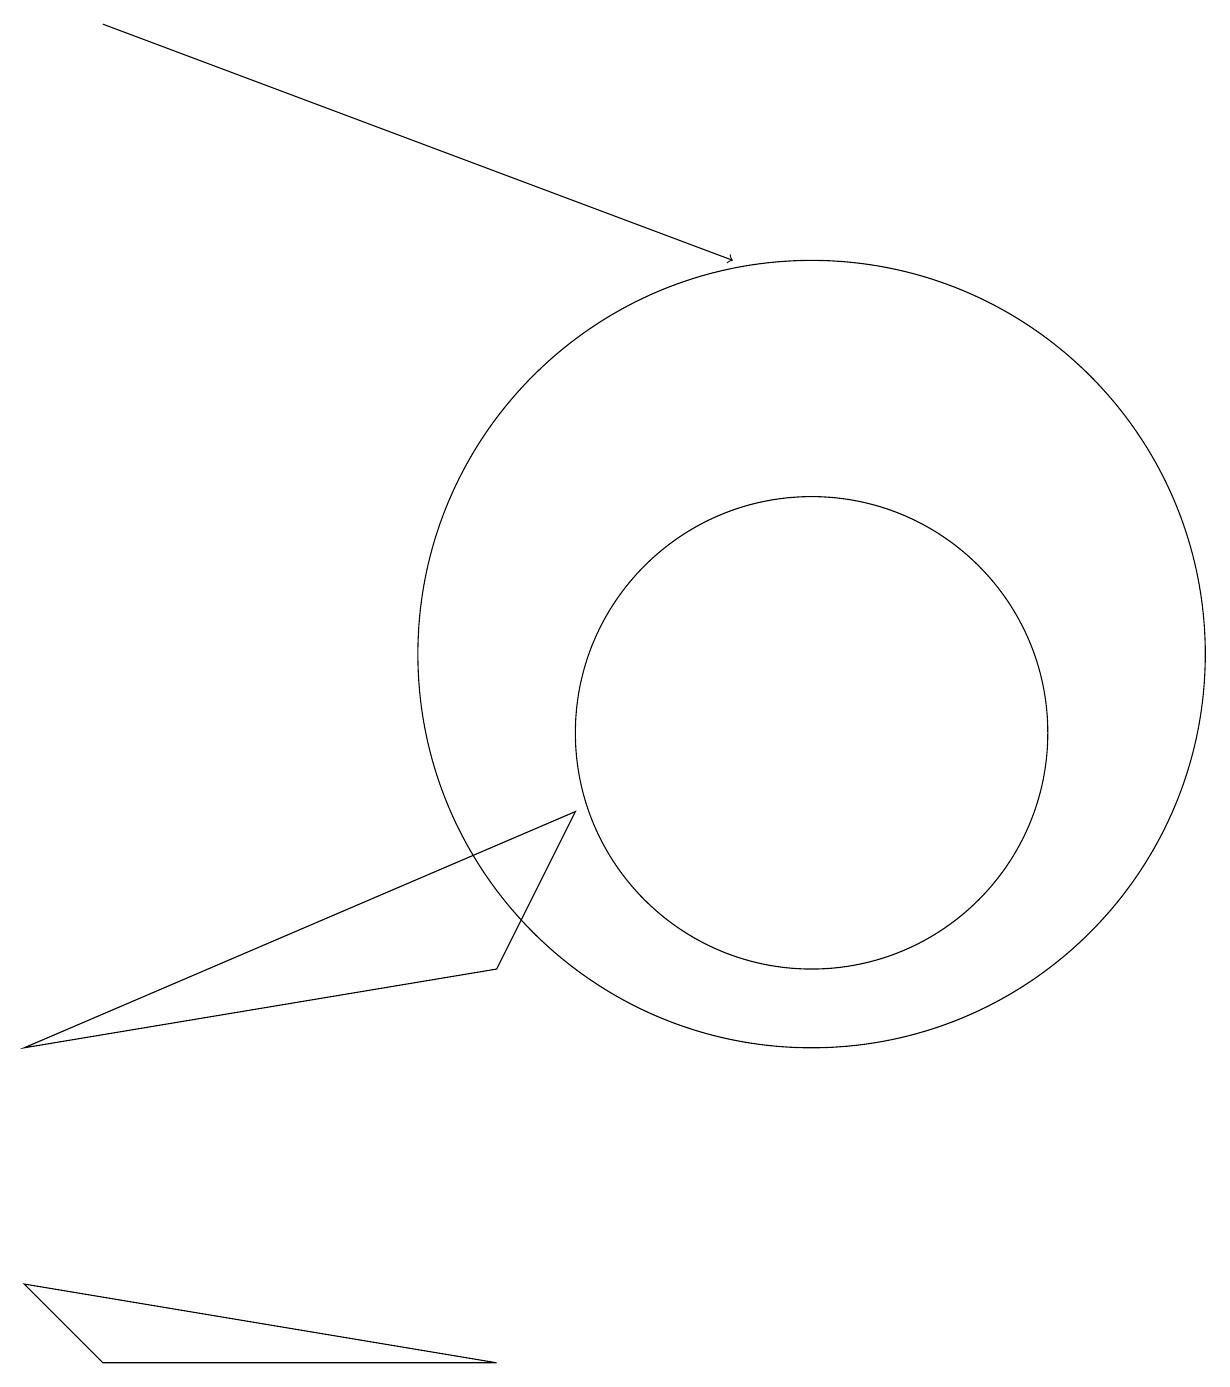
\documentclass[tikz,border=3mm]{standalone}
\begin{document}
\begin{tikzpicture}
\draw (6,7) -- (7,9) -- (0,6) -- cycle;
\draw (10,10) circle (3);
\draw (10,11) circle (5);
\draw[->] (1,19) -- (9,16);
\draw (0,3) -- (1,2) -- (6,2) -- cycle;
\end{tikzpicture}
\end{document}